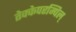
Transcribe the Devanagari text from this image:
तेक्केपरम्पिल्